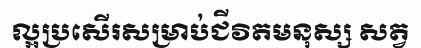
ល្អប្រសើរសម្រាប់ជីវិតមនុស្ស សត្វ